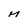
Character: M